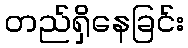
တည်ရှိနေခြင်း